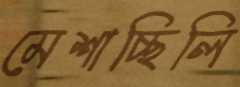
মেশাচ্ছিলি